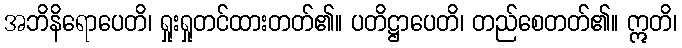
အဘိနိရောပေတိ၊ ရှုးရှုတင်ထားတတ်၏။ ပတိဋ္ဌာပေတိ၊ တည်စေတတ်၏။ ဣတိ၊